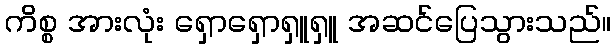
ကိစ္စ အားလုံး ရှောရှောရှူရှူ အဆင်ပြေသွားသည်။